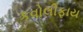
કવોલીફાય